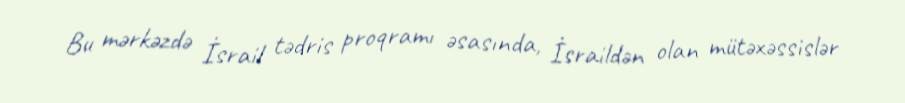
Bu mərkəzdə İsrail tədris proqramı əsasında, İsraildən olan mütəxəssislər